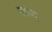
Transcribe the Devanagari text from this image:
लाठू